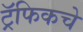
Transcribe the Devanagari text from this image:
ट्रॅफिकचे